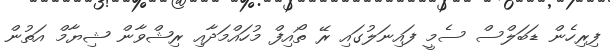
ފިރިހެން ޑަބަލްސް ސެމީ ފައިނަލުގައި ރޭ ތޯއިފް މުހައްމަދާއި ރިޝްވާން ޝިޔާމް އަތުން